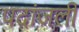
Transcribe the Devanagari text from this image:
पदांजली